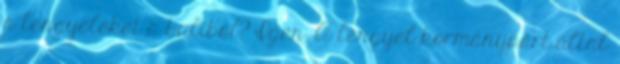
a lengyeleket a buliból? Igen. A lengyel kormánypárt által